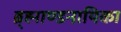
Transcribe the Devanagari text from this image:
ब्र्ह्माण्डनायिका